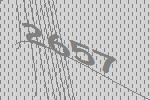
2657